Medical and sanitary report of the native army of Madras for the year
Year: 1878
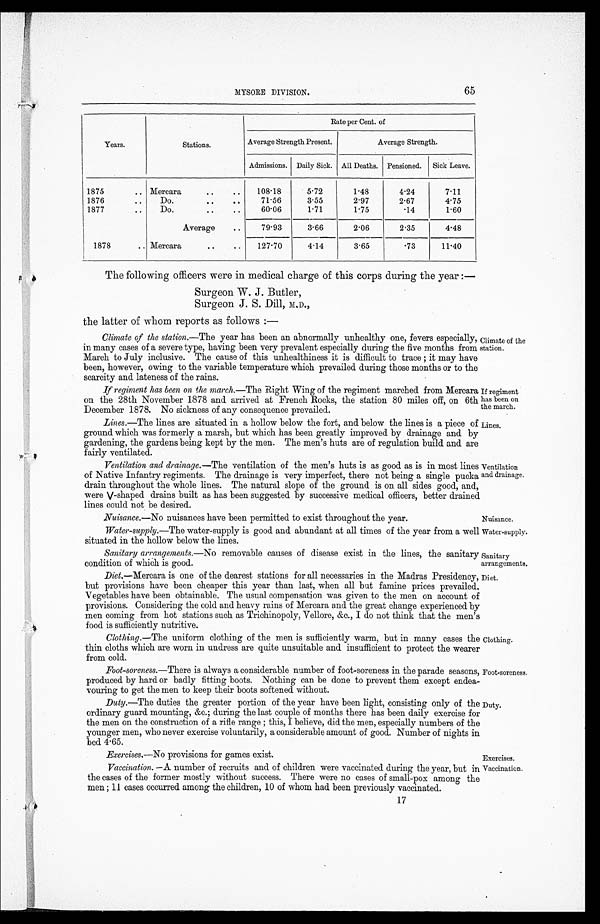
If regiment
has been on
the march.
Lines.
Nuisance.
Water-supply.
Sanitary
arrangements.
Diet.
MYSORE DIVISION.
65
Years.
Stations.
Rate per Cent. of
Average Strength Present.
Average Strength.
Admissions. Daily Sick. All Deaths. Pensioned. Sick Leave.
1875
. . Mercara
. .
. .
108.18
5.72
1.48
4.24
7.11
1876
. .
Do.
. .
. .
71.56
3.55
2.97
2.67
4.75
1877
..
Do.
. .
. .
60.06
1.71
1.75
.14
1.60
Average
..
79.93
3.66
2.06
2.35
4.48
1878
.. Mercara
..
..
127.70
4.14
3.65
.73
11.40
The following officers were in medical charge of this corps during the year :—
Surgeon W. J. Butler,
Surgeon J. S. Dill, M.D.,
the latter of whom reports as follows :—
Climate of the station.—The year has been an abnormally unhealthy one, fevers especially,
in many cases of a severe type, having been very prevalent especially during the five months from
March to July inclusive. The cause of this unhealthiness it is difficult to trace ; it may have
been, however, owing to the variable temperature which prevailed during those months or to the
scarcity and lateness of the rains.
If regiment has been on the march.—The Right Wing of the regiment marched from Mercara
on the 28th November 1878 and arrived at French Rocks, the station 80 miles off, on 6th
December 1878. No sickness of any consequence prevailed.
Lines.—The lines are situated in a hollow below the fort, and below the lines is a piece of
ground which was formerly a marsh, but which has been greatly improved by drainage and by
gardening, the gardens being kept by the men. The men's huts are of regulation build and are
fairly ventilated.
Ventilation and drainage.—The ventilation of the men's huts is as good as is in most lines
of Native Infantry regiments. The drainage is very imperfect, there not being a single pucka
drain throughout the whole lines. The natural slope of the ground is on all sides good, and,
were V-shaped drains built as has been suggested by successive medical officers, better drained
lines could not be desired.
Nuisance.—No nuisances have been permitted to exist throughout the year.
Water-supply.—The water-supply is good and abundant at all times of the year from a well
situated in the hollow below the lines.
Sanitary arrangements.—No removable causes of disease exist in the lines, the sanitary
condition of which is good.
Diet.—Mercara is one of the dearest stations for all necessaries in the Madras Presidency,
but provisions have been cheaper this year than last, when all but famine prices prevailed,
Vegetables have been obtainable. The usual compensation was given to the men on account of
provisions. Considering the cold and heavy rains of Mercara and the great change experienced by
men coming from hot stations such as Trichinopoly, Vellore, &c., I do not think that the men's
food is sufficiently nutritive.
Clothing.—The uniform clothing of the men is sufficiently warm, but in many cases the
thin cloths which are worn in undress are quite unsuitable and insufficient to protect the wearer
from cold.
Foot-soreness.—There is always a considerable number of foot-soreness in the parade seasons,
produced by hard or badly fitting boots. Nothing can be done to prevent them except endea-
vouring to get the men to keep their boots softened without.
Duty.—The duties the greater portion of the year have been light, consisting only of the
ordinary guard mounting, &c.; during the last couple of months there has been daily exercise for
the men on the construction of a rifle range ; this, I believe, did the men, especially numbers of the
younger men, who never exercise voluntarily, a considerable amount of good. Number of nights in
bed 4.65.
Exercises.—No provisions for games exist.
Vaccination. —A number of recruits and of children were vaccinated during the year, but in
the cases of the former mostly without success. There were no cases of small-pox among the
men ; 11 cases occurred among the children, 10 of whom had been previously vaccinated.
Climate of the
station.
Ventilation
and drainage,
Clothing.
Foot-soreness.
Duty.
Exercises.
Vaccination.
17